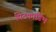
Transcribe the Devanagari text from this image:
पिटकाडिंभ